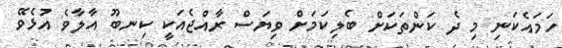
ހަމައެކަނި މި ދެ ކަންތަކަށް ބެލިކަމަށް ވިޔަސް ރާއްޖެއަކީ ކިނބޫ އާލާވެ އުޅެވޭ